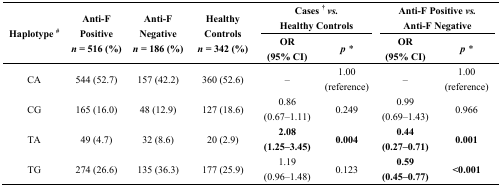
<table><thead><tr><td rowspan="2"><b>Haplotype <sup>#</sup></b></td><td rowspan="2"><b>Anti-F Positive<i>n</i> = 516 (%)</b></td><td rowspan="2"><b>Anti-F Negative<i>n</i> = 186 (%)</b></td><td rowspan="2"><b>Healthy Controls<i>n</i> = 342 (%)</b></td><td colspan="2"><b>Cases <sup>†</sup><i>vs.</i> Healthy Controls</b></td><td colspan="2"><b>Anti-F Positive<i>vs.</i> Anti-F Negative</b></td></tr><tr><td><b>OR (95% CI)</b></td><td><b><i>p</i><i>*</i></b></td><td><b>OR (95% CI)</b></td><td><b><i>p</i><i>*</i></b></td></tr></thead><tbody><tr><td>CA</td><td>544 (52.7)</td><td>157 (42.2)</td><td>360 (52.6)</td><td>–</td><td>1.00 (reference)</td><td>–</td><td>1.00 (reference)</td></tr><tr><td>CG</td><td>165 (16.0)</td><td>48 (12.9)</td><td>127 (18.6)</td><td>0.86 (0.67–1.11)</td><td>0.249</td><td>0.99 (0.69–1.43)</td><td>0.966</td></tr><tr><td>TA</td><td>49 (4.7)</td><td>32 (8.6)</td><td>20 (2.9)</td><td><b>2.08 (1.25–3.45)</b></td><td><b>0.004</b></td><td><b>0.44 (0.27–0.71)</b></td><td><b>0.001</b></td></tr><tr><td>TG</td><td>274 (26.6)</td><td>135 (36.3)</td><td>177 (25.9)</td><td>1.19 (0.96–1.48)</td><td>0.123</td><td><b>0.59 (0.45–0.77)</b></td><td><b>&lt;0.001</b></td></tr></tbody></table>